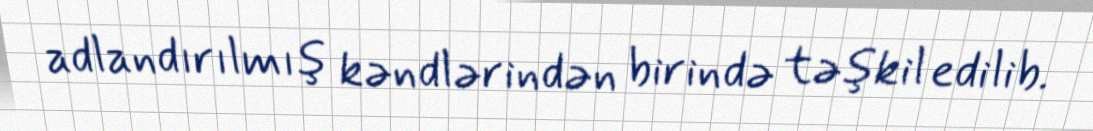
adlandırılmış kəndlərindən birində təşkil edilib.